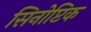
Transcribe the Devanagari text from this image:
सिनोप्टिक